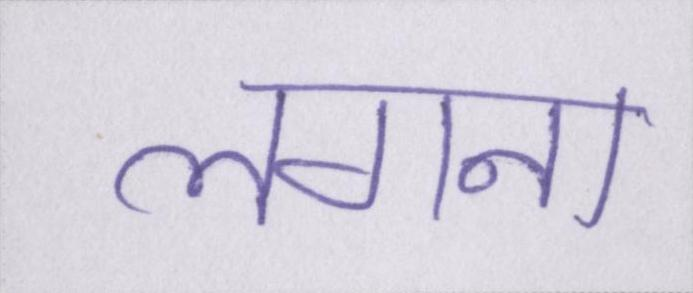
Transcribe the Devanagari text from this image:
लगना